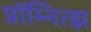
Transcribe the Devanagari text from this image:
प्रॉम्नित्झ